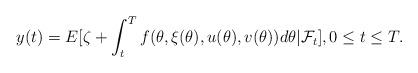
LaTeX: \begin{align*}y(t)=E[\zeta +\int_t^Tf(\theta,\xi(\theta),u(\theta),v(\theta))d\theta|{\cal F}_t],0\le t\le T.\end{align*}